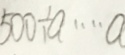
5 0 0 \div a \cdots a